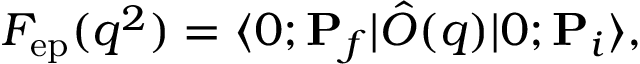
F _ { \mathrm { e p } } ( q ^ { 2 } ) = \langle 0 ; { \bf P } _ { f } | \hat { O } ( q ) | 0 ; { \bf P } _ { i } \rangle ,